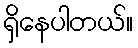
ရှိနေပါတယ်။